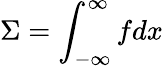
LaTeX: \Sigma=\int_{-\infty}^{\infty}fdx